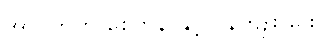
အာပတ်ကို စေတနာနှင့်လွန်ကျူးခြင်း။